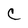
Character: C